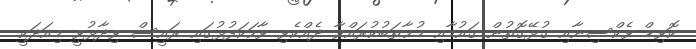
ކޮވިޑް ވެކްސިނާއި ގުޅޭގޮތުން ޤައުމާއި މުޚާތަބުކުރައްވާ ދެއްކެވި ވާހަކަފުޅުގައި ރައީސް ވިދާޅުވީ މިއަދަކީ